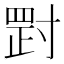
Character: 𡬺